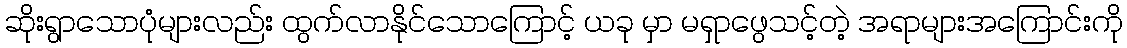
ဆိုးရွာသောပုံများလည်း ထွက်လာနိုင်သောကြောင့် ယခု မှာ မရှာဖွေသင့်တဲ့ အရာများအကြောင်းကို